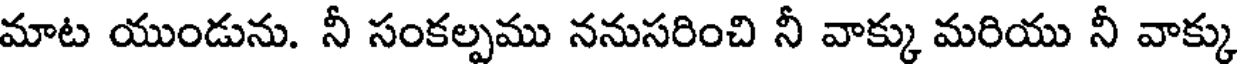
మాట యుండును. నీ సంకల్పము ననుసరించి నీ వాక్కు మరియు నీ వాక్కు